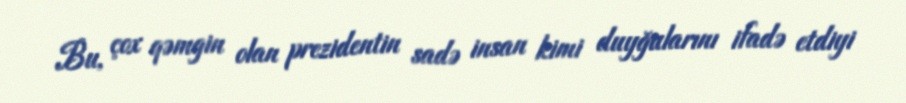
Bu, çox qəmgin olan prezidentin sadə insan kimi duyğularını ifadə etdiyi